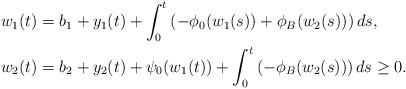
\begin{align*}w_1(t) &= b_1 + y_1(t) + \int_0^t\left(-\phi_0(w_1(s)) + \phi_B(w_2(s))\right)ds, \\w_2(t) &= b_2 + y_2(t) + \psi_0(w_1(t)) + \int_0^t\left(-\phi_B(w_2(s))\right)ds \ge 0. \end{align*}